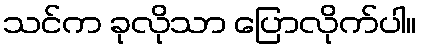
သင်က ခုလိုသာ ပြောလိုက်ပါ။